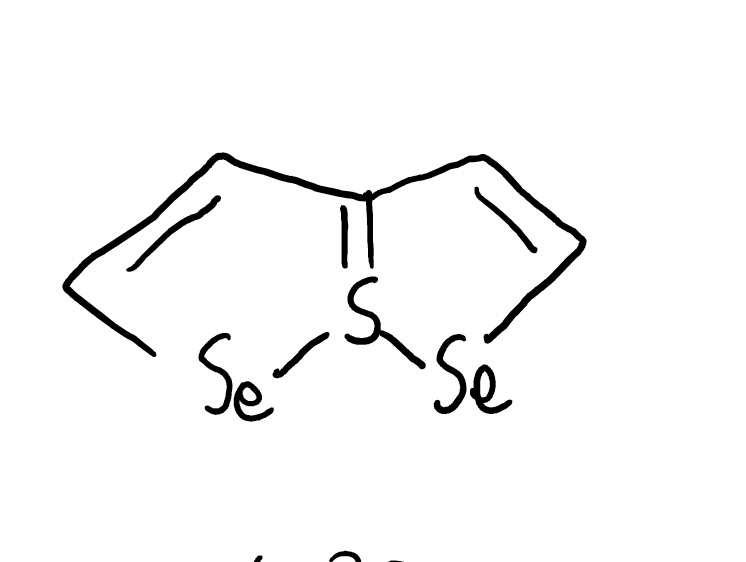
Simplified molecular-input line-entry system (SMILES) notation of the given molecule:
C1=C[Se]S2=C1C=C[Se]2